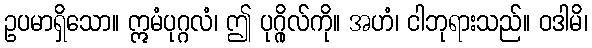
ဥပမာရှိသော။ ဣမံပုဂ္ဂလံ၊ ဤ ပုဂ္ဂိုလ်ကို။ အဟံ၊ ငါဘုရားသည်။ ဝဒါမိ၊